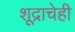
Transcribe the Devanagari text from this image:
शूद्राचेही